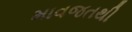
માવજતથી